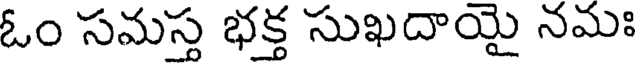
ఓం సమస్త భక్త సుఖదాయై నమః